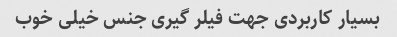
بسیار کاربردی جهت فیلر گیری جنس خیلی خوب